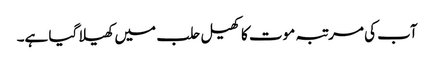
آب کی مرتبہ موت کا کھیل حلب میں کھیلا گیا ہے۔